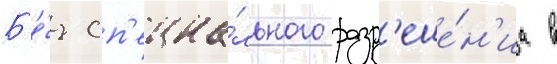
Б'е́з сп'ециа́льного разр'еше́н'иа в